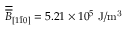
\overline { { \overline { { B } } } } _ { [ 1 \bar { 1 } 0 ] } = 5 . 2 1 \times 1 0 ^ { 5 } ~ \mathrm { J / m ^ { 3 } }